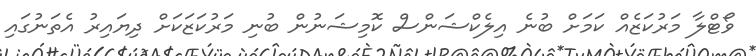
ވޯޓްލާ މަރުކަޒެއް ކަމަށް ބުނެ އިލެކްޝަންސް ކޮމިޝަނުން ބުނި މަރުކަޒަކަށް ދިޔައިރު އެތަނުގައި